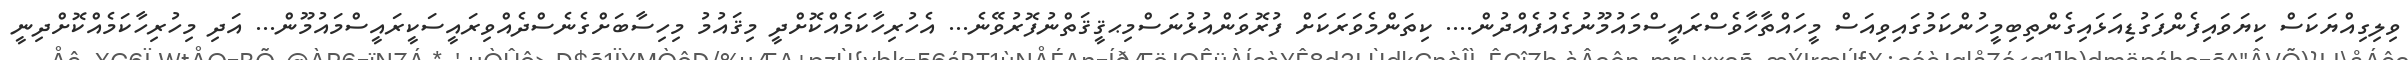
ވިލިގިއްޔަކަސް ކިޔަވައިފެންފަގުޑިއަޅައިގެންތިބިމީހުންކަމުގައިވިއަސް މީހައްތާހާވެސްރައީސްމައުމޫނުގެއުފެއްދުން.... ކިތަންމެވަރަކަށް ފުރޮވަންއުޅުނަސްމިޙޤީޤަތްނުފޮރުވޭނެ... އެހުރިހާކަމެއްކޮށްދީ މިޤައުމު މިހިސާބަށްގެނެސްދެއްވިރައީސަކީރައީސްމައުމޫން... އަދި މިހުރިހާކަމެއްކޮށްދިނީ